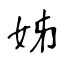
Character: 姊